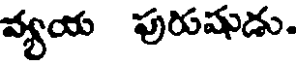
వ్యయ పురుషుడు.